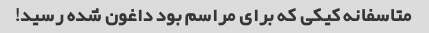
متاسفانه کیکی که برای مراسم بود داغون شده رسید!